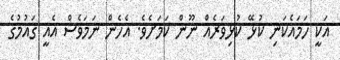
އަކީ ހަމައެކަނި ކުޅޭ ކުޅިވަރެއް ނޫން ކަމަށެވެ. އެހެން ނަމަވެސް އެއީ ގައުމުގެ